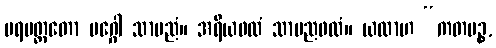
ပရမတ္ထတော မဂ္ဂေါ သာမညံ။ အရိယဖလံ သာမညဖလံ။ ယထာဟ “ကတမဉ္စ,